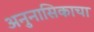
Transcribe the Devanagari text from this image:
अनुनासिकाचा